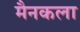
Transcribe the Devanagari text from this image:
मैनकला